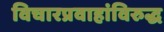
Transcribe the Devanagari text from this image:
विचारप्रवाहांविरुद्ध